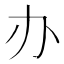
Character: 办